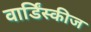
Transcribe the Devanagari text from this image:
वार्डिंस्कीज